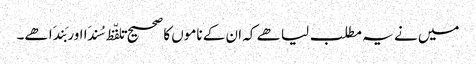
میں نے یہ مطلب لیا ھے کہ ان کے ناموں کا صحیح تلفّظ سُندَا اور بَندَا ھے۔